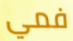
فمي